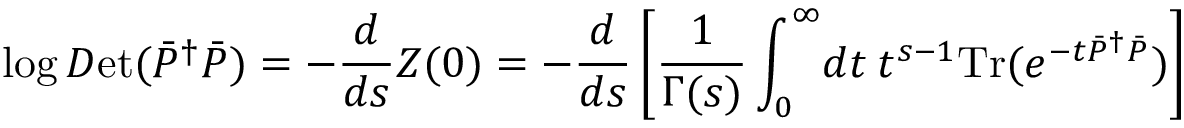
\log { \cal D } \mathrm { e t } ( \bar { P } ^ { \dag } \bar { P } ) = - \frac { d } { d s } Z ( 0 ) = - \frac { d } { d s } \left[ \frac { 1 } { \Gamma ( s ) } \int _ { 0 } ^ { \infty } \! d t \: t ^ { s - 1 } \mathrm { T r } ( e ^ { - t \bar { P } ^ { \dag } \bar { P } } ) \right]